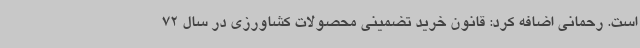
است. رحمانی اضافه کرد: قانون خرید تضمینی محصولات کشاورزی در سال 72